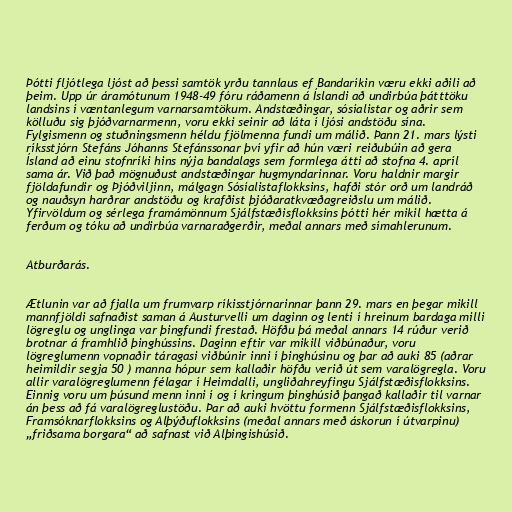
Þótti fljótlega ljóst að þessi samtök yrðu tannlaus ef Bandaríkin væru ekki aðili að
þeim. Upp úr áramótunum 1948-49 fóru ráðamenn á Íslandi að undirbúa þátttöku
landsins í væntanlegum varnarsamtökum. Andstæðingar, sósíalistar og aðrir sem
kölluðu sig þjóðvarnarmenn, voru ekki seinir að láta í ljósi andstöðu sína.
Fylgismenn og stuðningsmenn héldu fjölmenna fundi um málið. Þann 21. mars lýsti
ríksstjórn Stefáns Jóhanns Stefánssonar því yfir að hún væri reiðubúin að gera
Ísland að einu stofnríki hins nýja bandalags sem formlega átti að stofna 4. apríl
sama ár. Við það mögnuðust andstæðingar hugmyndarinnar. Voru haldnir margir
fjöldafundir og Þjóðviljinn, málgagn Sósíalistaflokksins, hafði stór orð um landráð
og nauðsyn harðrar andstöðu og krafðist þjóðaratkvæðagreiðslu um málið.
Yfirvöldum og sérlega framámönnum Sjálfstæðisflokksins þótti hér mikil hætta á
ferðum og tóku að undirbúa varnaraðgerðir, meðal annars með símahlerunum.

Atburðarás.

Ætlunin var að fjalla um frumvarp ríkisstjórnarinnar þann 29. mars en þegar mikill
mannfjöldi safnaðist saman á Austurvelli um daginn og lenti í hreinum bardaga milli
lögreglu og unglinga var þingfundi frestað. Höfðu þá meðal annars 14 rúður verið
brotnar á framhlið þinghússins. Daginn eftir var mikill viðbúnaður, voru
lögreglumenn vopnaðir táragasi viðbúnir inni í þinghúsinu og þar að auki 85 (aðrar
heimildir segja 50 ) manna hópur sem kallaðir höfðu verið út sem varalögregla. Voru
allir varalögreglumenn félagar í Heimdalli, ungliðahreyfingu Sjálfstæðisflokksins.
Einnig voru um þúsund menn inni í og í kringum þinghúsið þangað kallaðir til varnar
án þess að fá varalögreglustöðu. Þar að auki hvöttu formenn Sjálfstæðisflokksins,
Framsóknarflokksins og Alþýðuflokksins (meðal annars með áskorun í útvarpinu)
„friðsama borgara“ að safnast við Alþingishúsið.